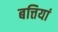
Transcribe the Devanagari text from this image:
बत्तियां